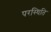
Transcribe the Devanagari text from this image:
परस्थिति